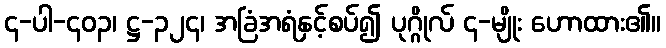
၄-ပါ-၄၀၃၊ ဋ္ဌ-၃၂၄၊ အခြံအရံနှင့်စပ်၍ ပုဂ္ဂိုလ် ၄-မျိုး ဟောထား၏။